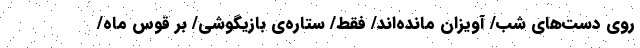
روی دست‌های شب/ آویزان مانده‌اند/ فقط/ ستاره‌ی بازیگوشی/ بر قوس ماه/